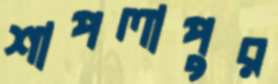
শাপলাপুর